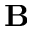
\mathbf { B }